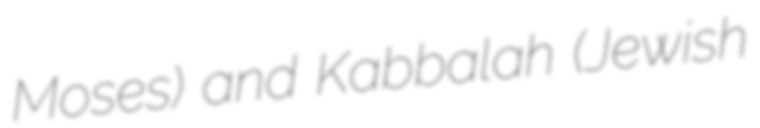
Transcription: Moses) and Kabbalah (Jewish